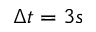
\Delta t = 3 s